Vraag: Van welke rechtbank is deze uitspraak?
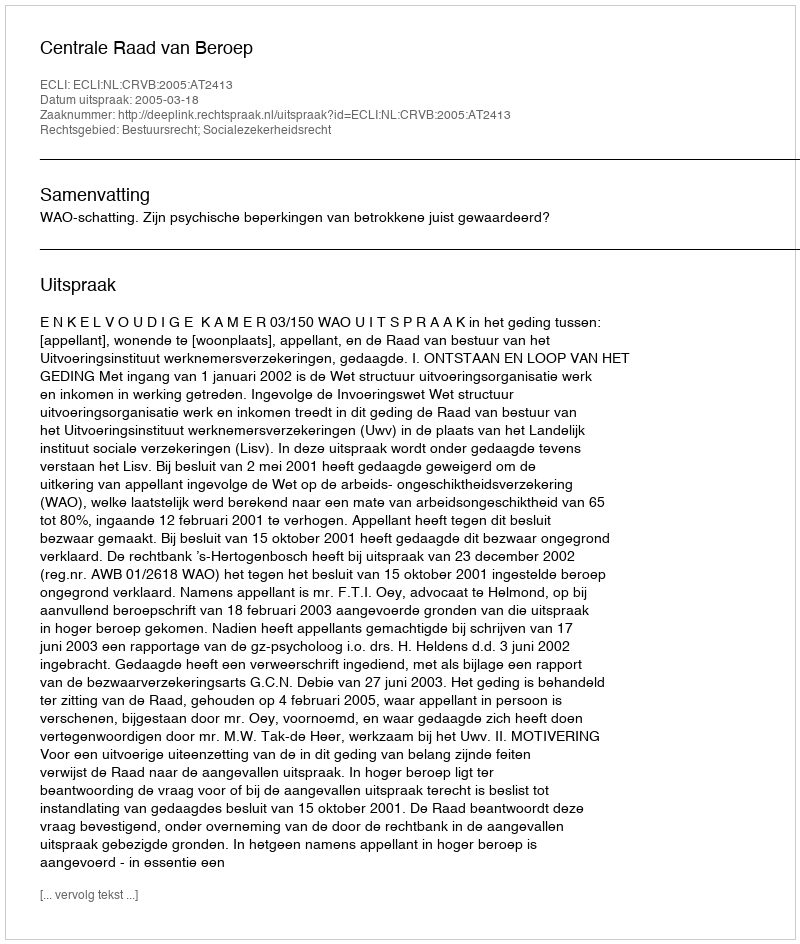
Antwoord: Centrale Raad van Beroep